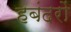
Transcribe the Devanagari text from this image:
हबंदरों